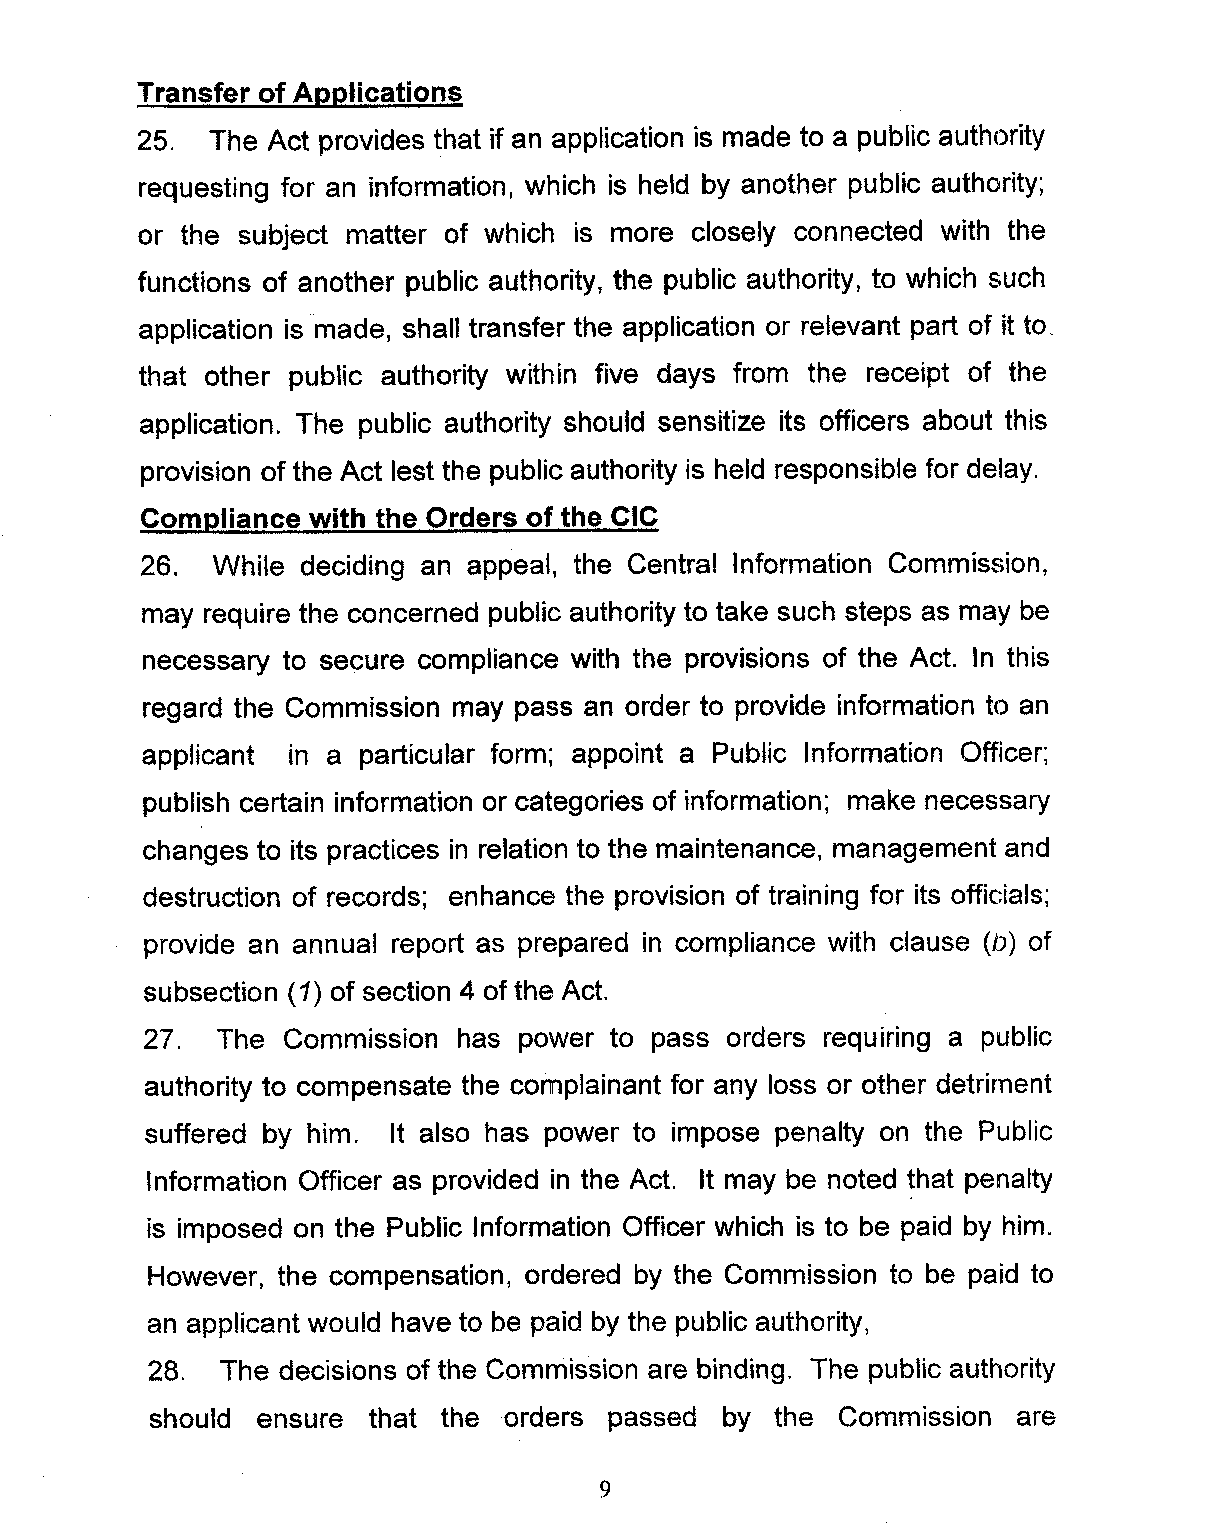
Transfer of Applications
 25.  The Act provides that if an application is made to a public authority
 requesting for an information, which is held by another public authority;
 or the subject matter of which is more closely connected with the
 functions of another public authority, the public authority, to which such
 application is made, shall transfer the application or relevant part of it to.
 that other public authority within five days from the receipt of the
 application. The public authority should sensitize its officers about this
 provision of the Act lest the public authority is held responsible for delay.
 Compliance with the Orders of the CIC
 26. While deciding an appeal, the Central Information Commission,
 may require the concerned public authority to take such steps as may be
 necessary to secure compliance with the provisions of the Act. In this
 regard the Commission may pass an order to provide information to an
 applicant in a particular form; appoint a Public Information Officer;
 publish certain information or categories of information; make necessary
 changes to its practices in relation to the maintenance, management and
 destruction of records; enhance the provision of training for its officials;
 provide an annual report as prepared in compliance with clause (iJ) of
 subsection (1) of section 4 of the Act.
 27. The  Commission has power to pass orders reqUiring a public
 authority to compensate the complainant for any loss or other detriment
 suffered by him. It also has power to impose penalty on the Public
 Information Officer as provided in the Act. It may be noted that penalty
 is imposed on the Public Information Officer which is to be paid by him.
 However, the compensation, ordered by the Commission to be paid to
 an applicant would have to be paid by the public authority
 I
 28.  The decisions of the Commission are binding. The public authority
 should ensure that the orders passed  by the Commission  are